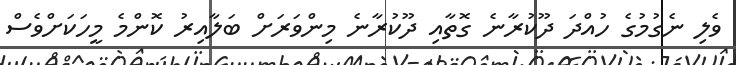
ވެލި ނެގުމުގެ ހުއްދަ ދޫކުރާނެ ގޮތާއި ދޫކުރާނެ މިންވަރަށް ބަލާއިރު ކޮންމެ މީހަކަށްވެސް